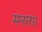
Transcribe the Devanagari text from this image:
मनता।